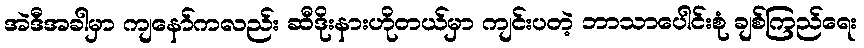
အဲဒီအခါမှာ ကျနော်ကလည်း ဆီဒိုးနားဟိုတယ်မှာ ကျင်းပတဲ့ ဘာသာပေါင်းစုံ ချစ်ကြည်ရေး